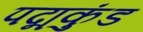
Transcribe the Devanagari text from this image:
पद्मकुंड